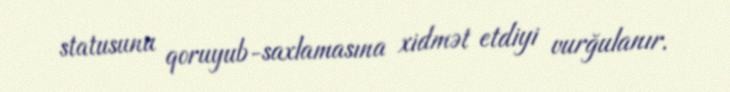
statusunu qoruyub-saxlamasına xidmət etdiyi vurğulanır.